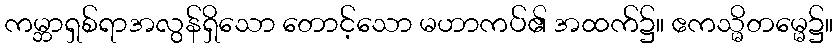
ကမ္ဘာရှစ်ရာအလွန်ရှိသော တောင့်သော မဟာကပ်၏ အထက်၌။ ဧကသ္မိတမ္မေ၌။